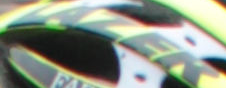
LAZER